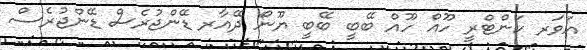
އަވަރ ކަންޓްރީ ހޫއް ހޫއް ބޭބީ ބޭބީ ޔޫނޯ ދޭއާރ ޑޭންޖުރެސް ޑޭންޖުރެސް